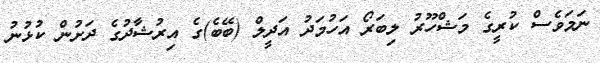
ނަމަވެސް ކުރީގެ މަޝްހޫރު ލިބަރޯ އަހުމަދު އަދީލް (ބޭބެ)ގެ އިރުޝާދުގެ ދަށުން ކުޅުނު